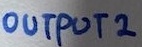
Text: OUTPUT 2